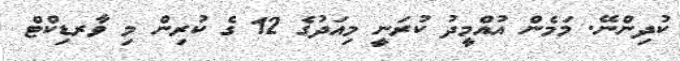
ކުދިންނޭ. މަމެން އުއްމީދު ކުރަނީ މިއަދުގެ 12 ގެ ކުރިން މި ވާރޑިކްޓް